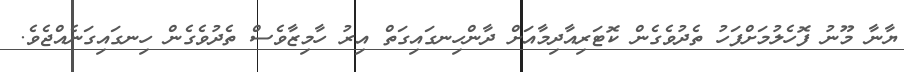
ޔާނާ މޫނު ފޮހެލުމަށްފަހު ތެދުވެގެން ކޮޓަރިއާދިމާއަށް ދާންހިނގައިގަތް އިރު ހާމިޒާވެސް ތެދުވެގެން ހިނގައިގަނެއްޖެވެ.